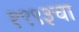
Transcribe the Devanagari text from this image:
१९९३चा